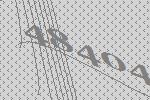
48404